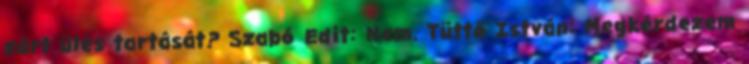
zárt ülés tartását? Szabó Edit: Nem. Tüttő István: Megkérdezem